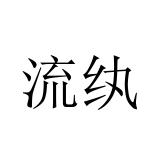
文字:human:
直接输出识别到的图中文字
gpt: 流纨